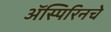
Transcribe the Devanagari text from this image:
ॲस्पिरिनचे